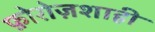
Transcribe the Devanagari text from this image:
फ़ोरोज़शाही